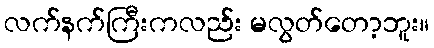
လက်နက်ကြီးကလည်း မလွတ်တော့ဘူး။